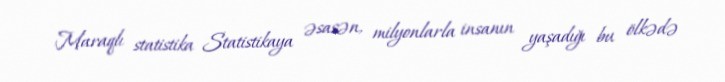
Maraqlı statistika Statistikaya əsasən, milyonlarla insanın yaşadığı bu ölkədə